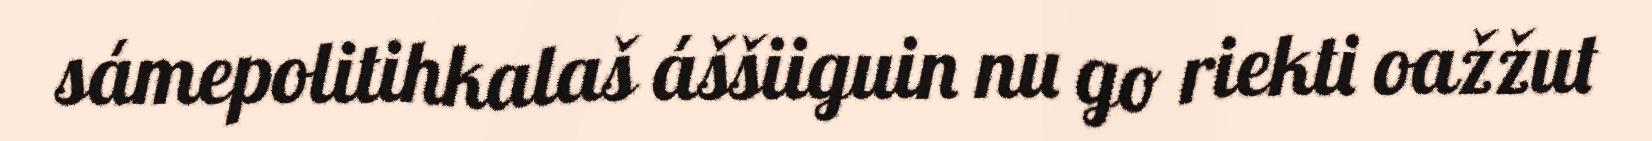
sámepolitihkalaš áššiiguin nu go riekti oažžut